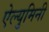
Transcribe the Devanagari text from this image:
ऐल्युमिनी